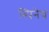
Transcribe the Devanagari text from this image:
स्पिनेच